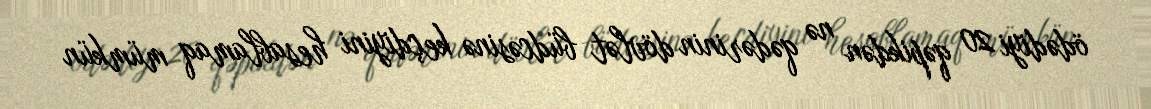
ödədiyi 20 qəpikdən nə qədərinin dövlət büdcəsinə keçdiyini hesablamaq mümkün